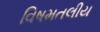
વિષમતલીય